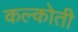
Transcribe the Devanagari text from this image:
कल्कोती